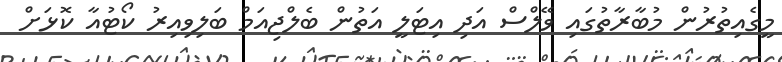
މީގެއިތުރުން މުބާރާތުގައި ވޭލްސް އަދި އިޓަލީ އަތުން ބެލްޖިއަމް ބަލިވިއިރު ކޯޓުއާ ކޮޅަށް